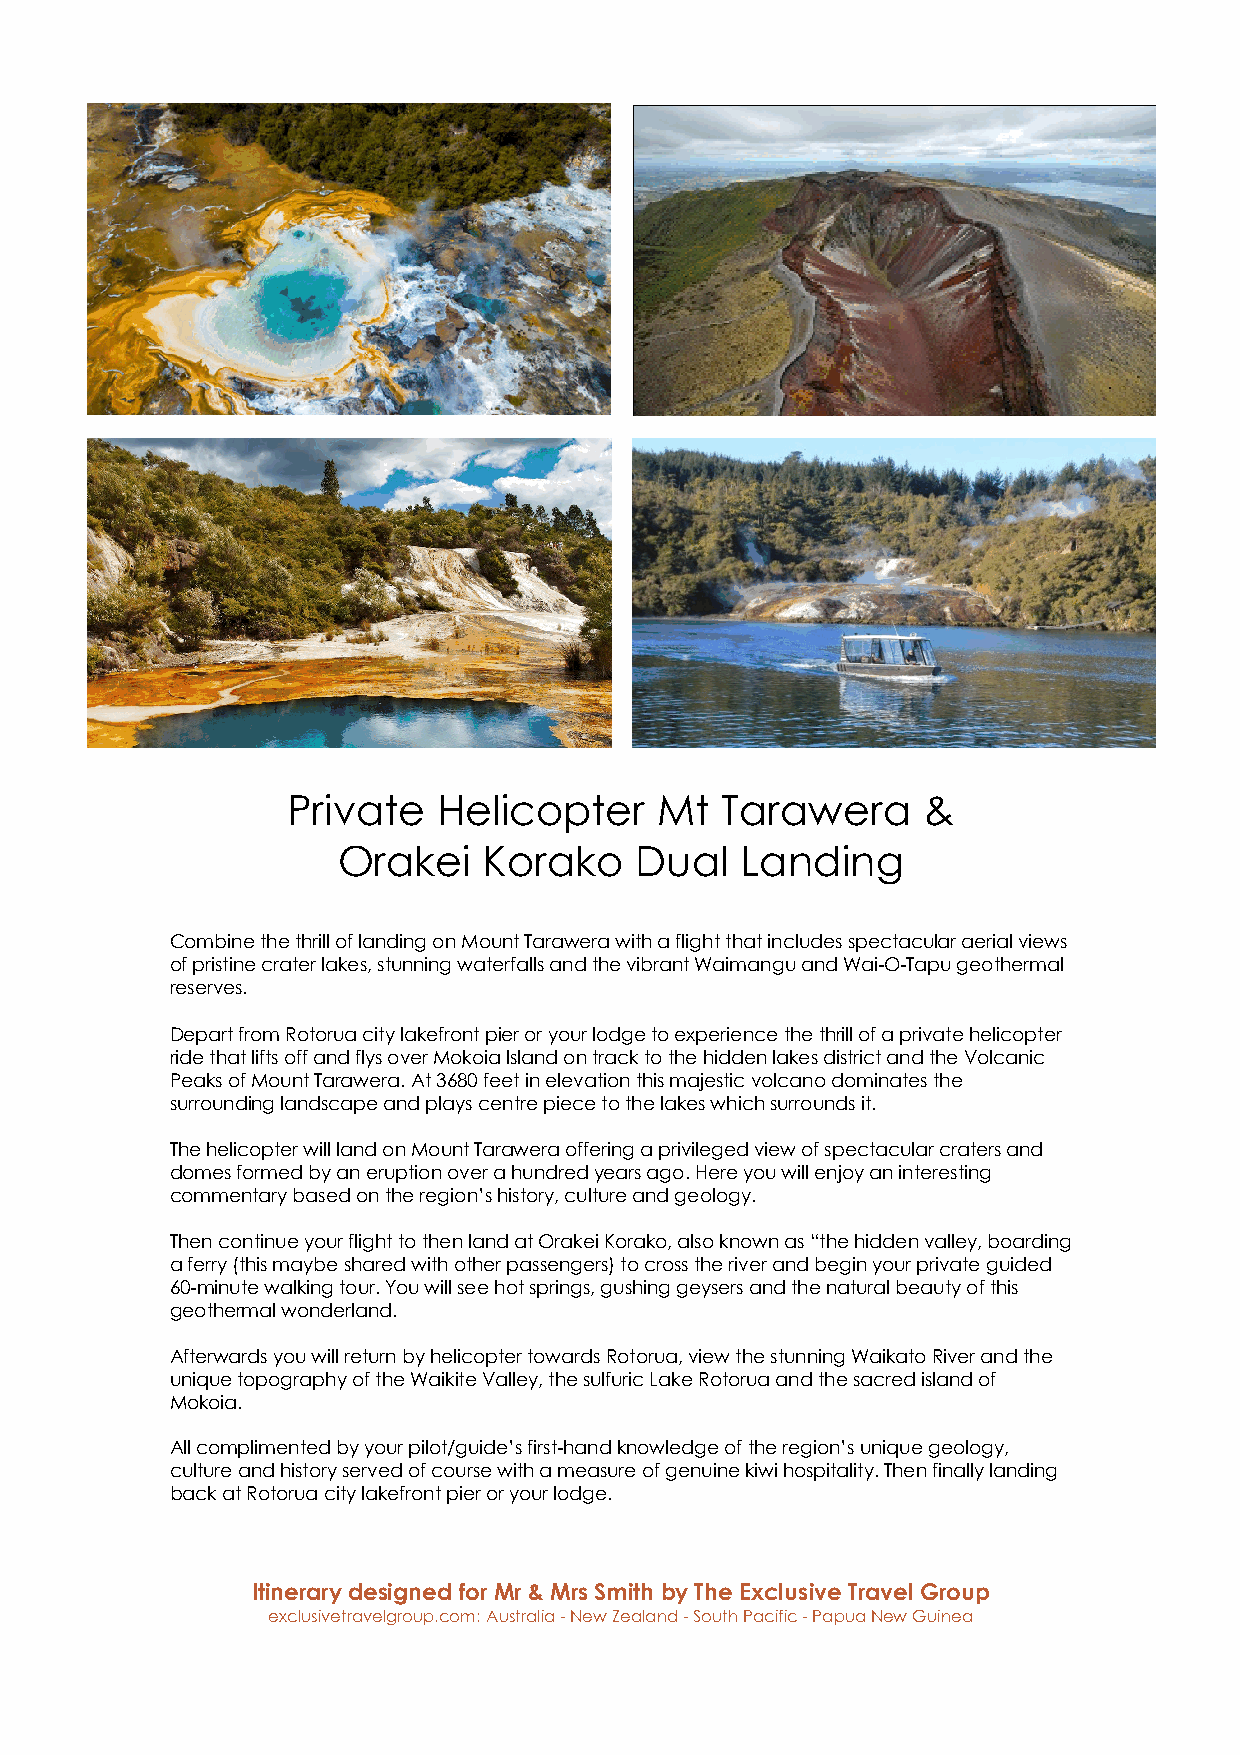
Private   Helicopter    Mt   Tarawera     &
 Orakei    Korako    Dual   Landing
 Combine the thrill of landing on Mount Tarawera with a flight that includes spectacular aerial views
 of pristine crater lakes, stunning waterfalls and the vibrant Waimangu and Wai-O-Tapu geothermal
 reserves.
 Depart from Rotorua city lakefront pier or your lodge to experience the thrill of a private helicopter
 ride that lifts off and flys over Mokoia Island on track to the hidden lakes district and the Volcanic
 Peaks of Mount Tarawera. At 3680 feet in elevation this majestic volcano dominates the
 surrounding landscape and plays centre piece to the lakes which surrounds it.
 The helicopter will land on Mount Tarawera offering a privileged view of spectacular craters and
 domes formed by an eruption over a hundred years ago. Here you will enjoy an interesting
 commentary based on the region’s history, culture and geology.
 Then continue your flight to then land at Orakei Korako, also known as “the hidden valley, boarding
 a ferry (this maybe shared with other passengers) to cross the river and begin your private guided
 60-minute walking tour. You will see hot springs, gushing geysers and the natural beauty of this
 geothermal wonderland.
 Afterwards you will return by helicopter towards Rotorua, view the stunning Waikato River and the
 unique topography of the Waikite Valley, the sulfuric Lake Rotorua and the sacred island of
 Mokoia.
 All complimented by your pilot/guide’s first-hand knowledge of the region’s unique geology,
 culture and history served of course with a measure of genuine kiwi hospitality. Then finally landing
 back at Rotorua city lakefront pier or your lodge.
 Itinerary designed for Mr & Mrs Smith by The Exclusive Travel Group
 exclusivetravelgroup.com: Australia - New Zealand - South Pacific - Papua New Guinea